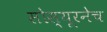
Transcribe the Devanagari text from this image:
सोस्यूरनेच